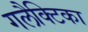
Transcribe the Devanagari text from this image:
गलैक्टिका